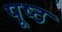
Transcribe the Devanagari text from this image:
पूष्ठ